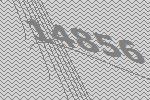
14856